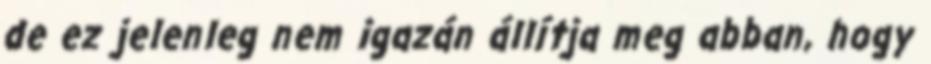
de ez jelenleg nem igazán állítja meg abban, hogy